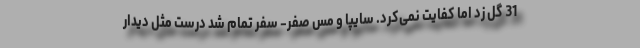
31 گل زد اما کفایت نمی‌کرد. سایپا و مس صفر- سفر تمام شد درست مثل دیدار